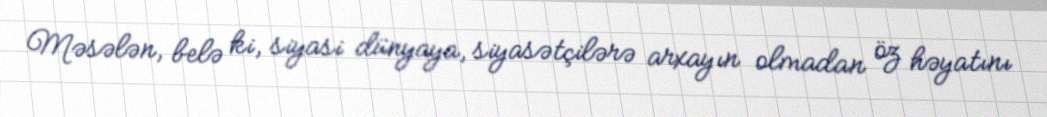
Məsələn, belə ki, siyasi dünyaya, siyasətçilərə arxayın olmadan öz həyatını